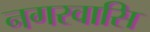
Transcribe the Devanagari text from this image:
नगरवासि